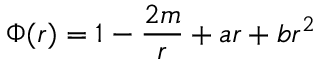
\Phi ( r ) = 1 - { \frac { 2 m } { r } } + a r + b r ^ { 2 }